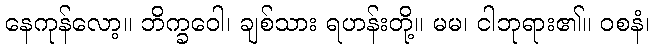
နေကုန်လော့။ ဘိက္ခဝေါ၊ ချစ်သား ရဟန်းတို့။ မမ၊ ငါဘုရား၏။ ဝစနံ၊